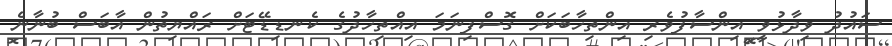
ސައުދު ވިދާޅުވީ އިންސާފުވެރި އިންތިހާބަކަށް ގޮސްފިނަމަ އިއްތިހާދުގެ ކެނޑިޑޭޓަށް ރައްޔިތުން އާބަސް ބުނާނެ